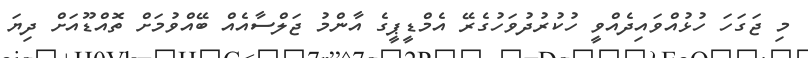
މި ޖަގަހަ ހުޅުއްވައިދެއްވީ ހުކުރުދުވަހުގެރޭ އެމްޑީޕީގެ އާންމު ޖަލްސާއެއް ބޭއްވުމަށް ތޮއްޑޫއަށް ދިޔަ